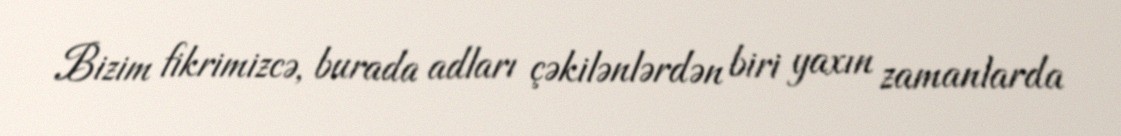
Bizim fikrimizcə, burada adları çəkilənlərdən biri yaxın zamanlarda